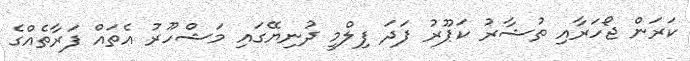
ކަރަން ޖޯހަރާއި ތުޝާރު ކަޕޫރު ފަދަ ފިލްމީ ދުނިޔޭގައި މަޝްހޫރު އެތައް ފަރާތެއްގެ